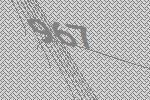
967